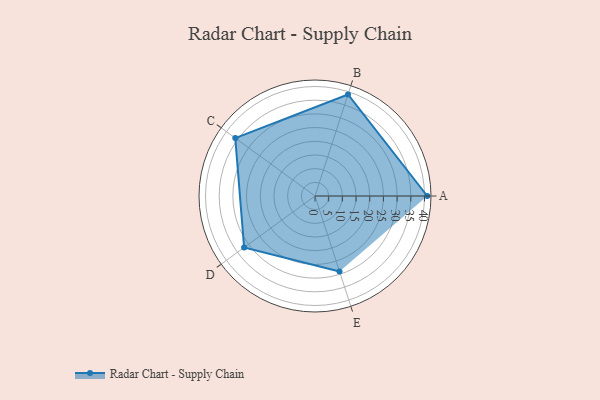
{"axis": {"x": "Skill", "y": "Score"}, "legend": ["Profile"], "data": [{"x": "A", "y": 41.0, "type": "Profile"}, {"x": "B", "y": 39.0, "type": "Profile"}, {"x": "C", "y": 36.0, "type": "Profile"}, {"x": "D", "y": 32.0, "type": "Profile"}, {"x": "E", "y": 29.0, "type": "Profile"}]}